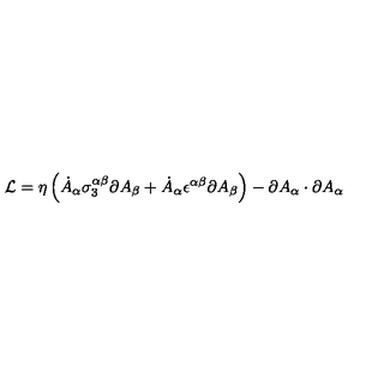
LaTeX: { \cal L } = \eta \left( \dot { A } _ { \alpha } \sigma _ { 3 } ^ { \alpha \beta } \partial A _ { \beta } + \dot { A } _ { \alpha } \epsilon ^ { \alpha \beta } \partial A _ { \beta } \right) - \partial A _ { \alpha } \cdot \partial A _ { \alpha }